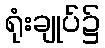
ရုံးချုပ်၌